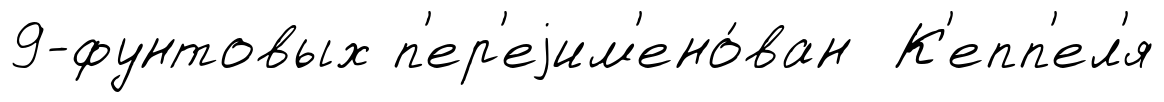
9-фунтовых п'ер'еjим'ено́ван К'епп'ел'я